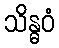
သိန္ဓဝံ